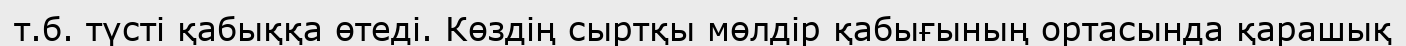
т.б. түсті қабыққа өтеді. Көздің сыртқы мөлдір қабығының ортасында қарашық